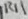
Text: R11